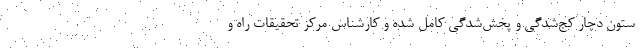
ستون دچار کج‌شدگی و پخش‌شدگی کامل شده و کارشناس مرکز تحقیقات راه و